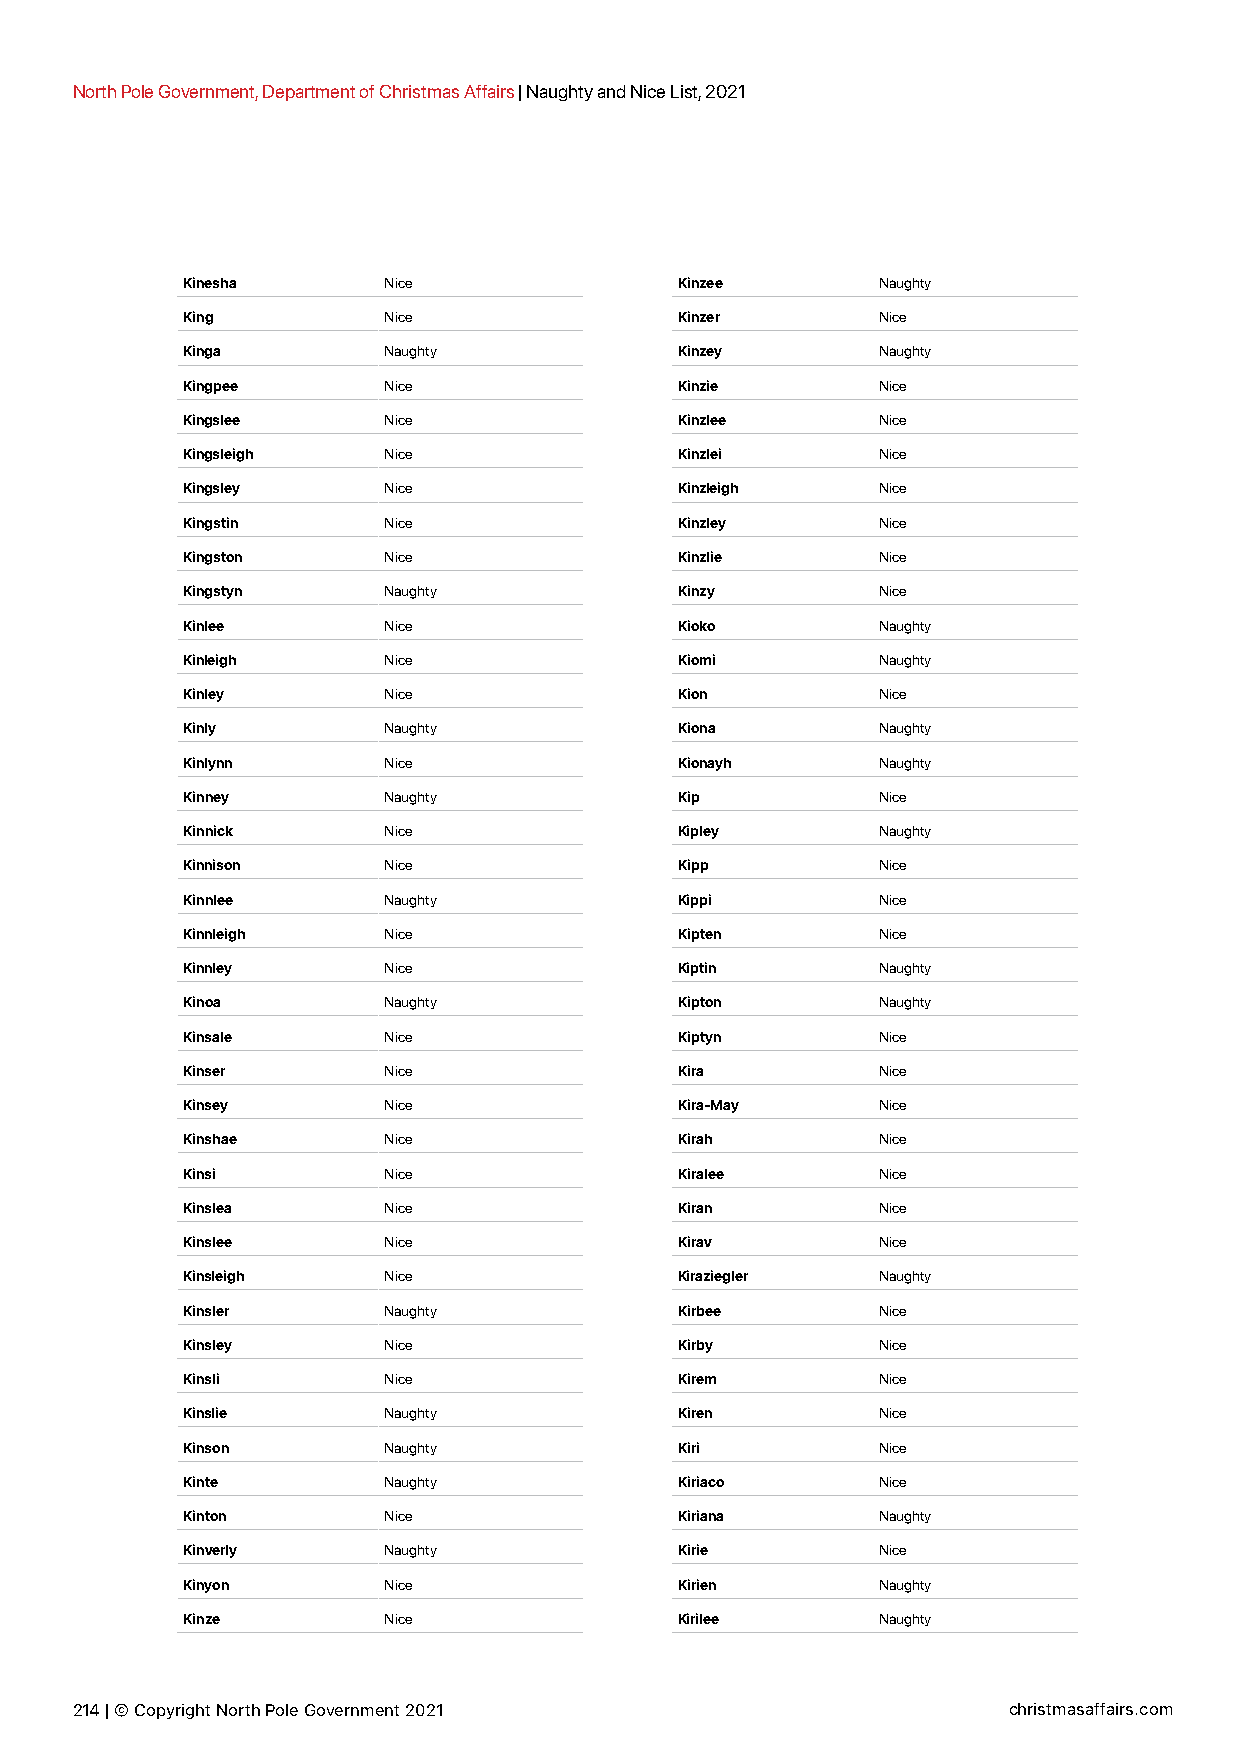
North Pole Government, Department of Christmas Affairs | Naughty and Nice List, 2021
 Kinesha      Nice                Kinzee       Naughty
 King         Nice                Kinzer       Nice
 Kinga        Naughty             Kinzey       Naughty
 Kingpee      Nice                Kinzie       Nice
 Kingslee     Nice                Kinzlee      Nice
 Kingsleigh   Nice                Kinzlei      Nice
 Kingsley     Nice                Kinzleigh    Nice
 Kingstin     Nice                Kinzley      Nice
 Kingston     Nice                Kinzlie      Nice
 Kingstyn     Naughty             Kinzy        Nice
 Kinlee       Nice                Kioko        Naughty
 Kinleigh     Nice                Kiomi        Naughty
 Kinley       Nice                Kion         Nice
 Kinly        Naughty             Kiona        Naughty
 Kinlynn      Nice                Kionayh      Naughty
 Kinney       Naughty             Kip          Nice
 Kinnick      Nice                Kipley       Naughty
 Kinnison     Nice                Kipp         Nice
 Kinnlee      Naughty             Kippi        Nice
 Kinnleigh    Nice                Kipten       Nice
 Kinnley      Nice                Kiptin       Naughty
 Kinoa        Naughty             Kipton       Naughty
 Kinsale      Nice                Kiptyn       Nice
 Kinser       Nice                Kira         Nice
 Kinsey       Nice                Kira-May     Nice
 Kinshae      Nice                Kirah        Nice
 Kinsi        Nice                Kiralee      Nice
 Kinslea      Nice                Kiran        Nice
 Kinslee      Nice                Kirav        Nice
 Kinsleigh    Nice                Kiraziegler  Naughty
 Kinsler      Naughty             Kirbee       Nice
 Kinsley      Nice                Kirby        Nice
 Kinsli       Nice                Kirem        Nice
 Kinslie      Naughty             Kiren        Nice
 Kinson       Naughty             Kiri         Nice
 Kinte        Naughty             Kiriaco      Nice
 Kinton       Nice                Kiriana      Naughty
 Kinverly     Naughty             Kirie        Nice
 Kinyon       Nice                Kirien       Naughty
 Kinze        Nice                Kirilee      Naughty
 214 | © Copyright North Pole Government 2021                  christmasaffairs.com